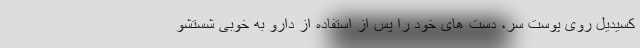
کسیدیل روی پوست سر، دست های خود را پس از استفاده از دارو به خوبی شستشو